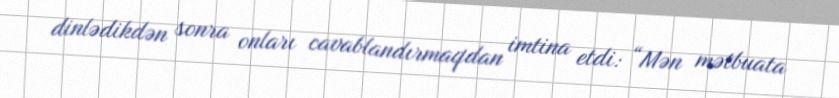
dinlədikdən sonra onları cavablandırmaqdan imtina etdi: “Mən mətbuata